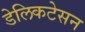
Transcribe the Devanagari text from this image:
डेलिकटेसन